Report of an investigation of the epidemic of malarial fever in Assam, or, kala-azar
Disease focus: Malaria
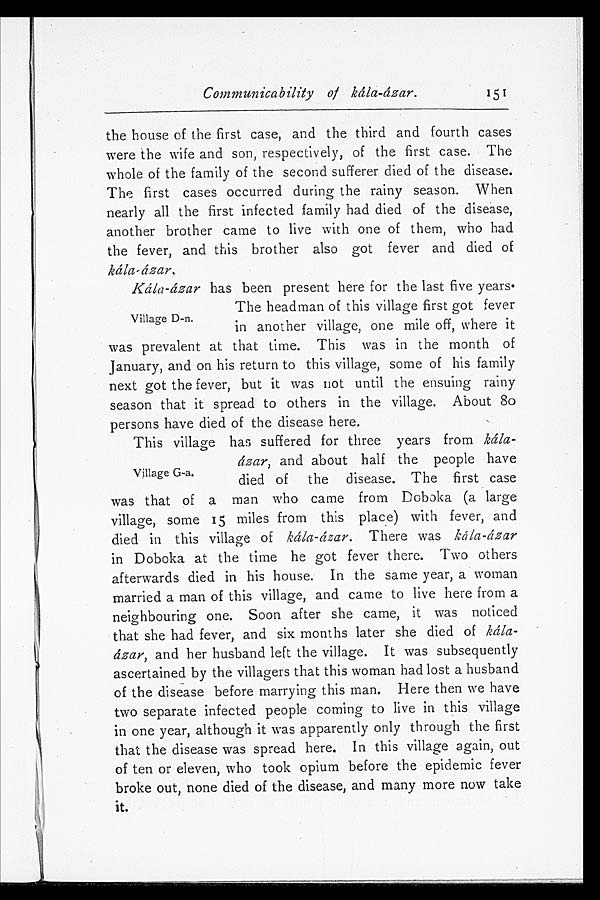
Communicability of kála-ázar.
the house of the first case, and the third and fourth cases
were the wife and son, respectively, of the first case. The
whole of the family of the second sufferer died of the disease.
The first cases occurred during the rainy season. When
nearly all the first infected family had died of the disease,
another brother came to live with one of them, who had
the fever, and this brother also got fever and died of
kála-ázar.
Kála-ázar has been present here for the last five years.
The headman of this village first got fever
in another village, one mile off, where it
was prevalent at that time. This was in the month of
January, and on his return to this village, some of his family
next got the fever, but it was not until the ensuing rainy
season that it spread to others in the village. About 80
persons have died of the disease here.
This village has suffered for three years from kála-
ázar, and about half the people have
died of the disease. The first case
was that of a man who came from Doboka (a large
village, some 15 miles from this place) with fever, and
died in this village of kála-ázar. There was kála-ázar
in Doboka at the time he got fever there. Two others
afterwards died in his house. In the same year, a woman
married a man of this village, and came to live here from a
neighbouring one. Soon after she came, it was noticed
that she had fever, and six months later she died of kála
-ázar, and her husband left the village. It was subsequently
ascertained by the villagers that this woman had lost a husband
of the disease before marrying this man. Here then we have
two separate infected people coming to live in this village
in one year, although it was apparently only through the first
that the disease was spread here. In this village again, out
of ten or eleven, who took opium before the epidemic fever
broke out, none died of the disease, and many more now take
it.
151
Village D-n.
Village G-a.